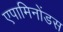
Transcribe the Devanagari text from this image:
एपामिनोंडस